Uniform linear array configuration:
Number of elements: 12
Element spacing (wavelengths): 0.5
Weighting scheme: cosine
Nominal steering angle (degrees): -45
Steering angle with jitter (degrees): -45.42
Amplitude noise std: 0.05
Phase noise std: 0.05

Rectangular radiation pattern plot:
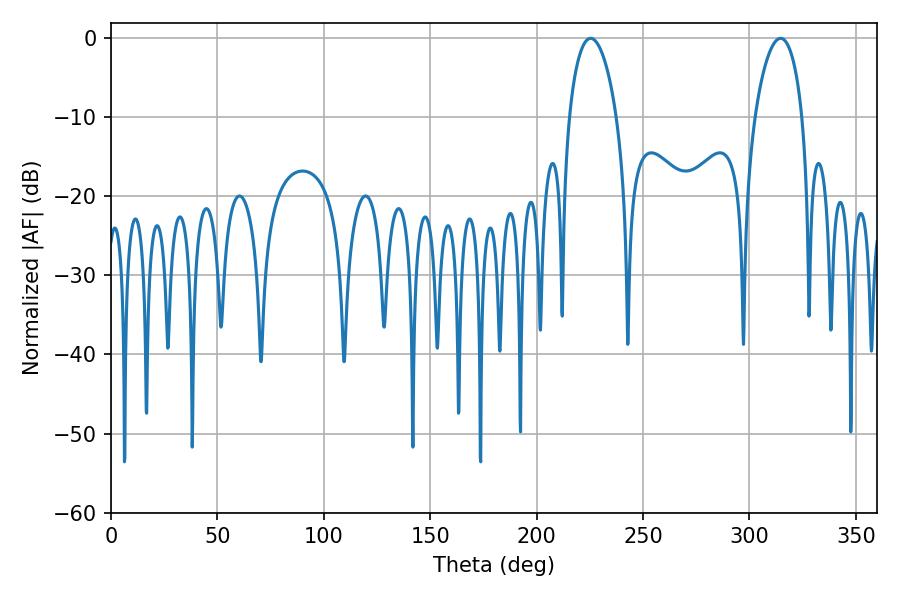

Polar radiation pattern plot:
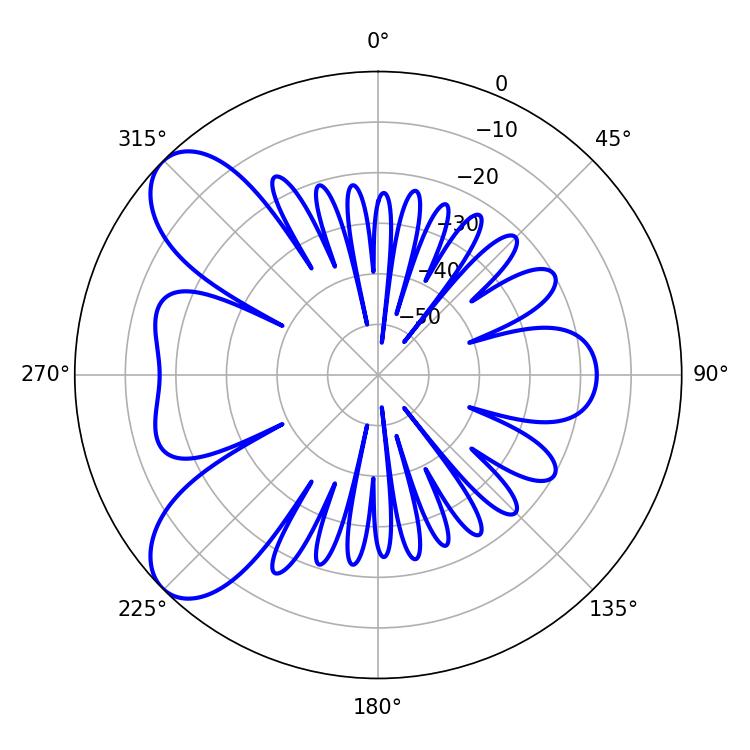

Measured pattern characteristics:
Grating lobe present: FALSE
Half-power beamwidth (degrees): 12.6
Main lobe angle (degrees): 225.36